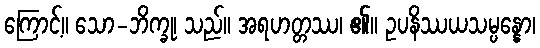
ကြောင့်။ သော-ဘိက္ခု၊ သည်။ အရဟတ္တဿ၊ ၏။ ဥပနိဿယသမ္ပန္နော၊